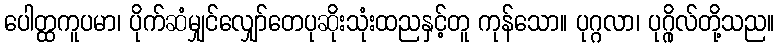
ပေါတ္ထကူပမာ၊ ပိုက်ဆံမျှင်လျှော်တေပုဆိုးသုံးထညနှင့်တူ ကုန်သော။ ပုဂ္ဂလာ၊ ပုဂ္ဂိုလ်တို့သည။